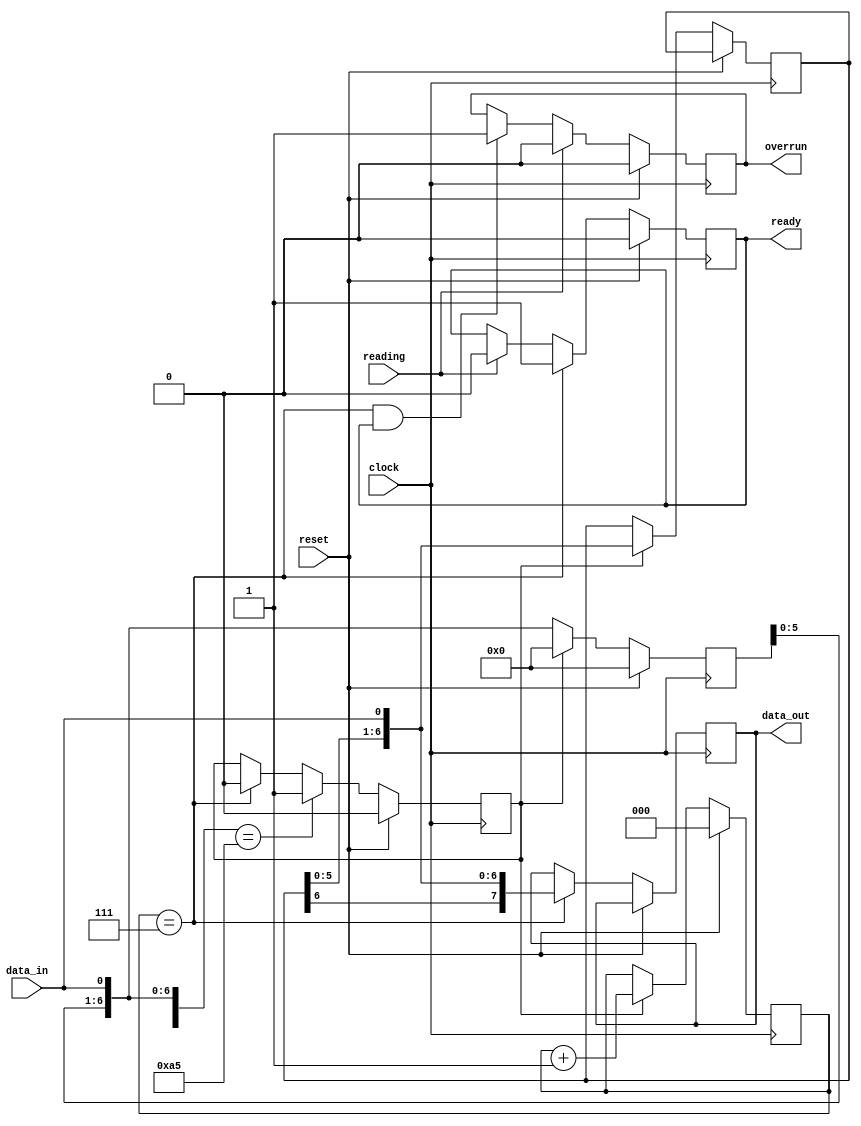
`timescale 1 ns / 10 ps

module rcvr
#(
  parameter [7:0] MATCH = 8'hA5
 )
 (
  input  wire      clock   ,
  input  wire      reset   ,
  input  wire      data_in ,
  input  wire      reading ,
  output reg       ready   ,
  output reg       overrun ,
  output reg [7:0] data_out
 );

  localparam SHIFT_HEAD = 0 ,
             SHIFT_BODY = 1 ;

  reg [6:0] head_reg ;
  reg [6:0] body_reg ;
  reg [2:0] count ;
  reg phase ;

  always @(posedge clock)

    if (reset) begin

        // INITIALIZE PHASE TO SHIFTING HEADER
        // INITIALIZE HEADER TO OPPOSITE OF LEFTMOST MATCH BIT
        // INITIALIZE CONTROL REGISTERS TO INACTIVE STATE (IGNORE DATA PATH)
        phase    <= SHIFT_HEAD ;
        head_reg <= 0 ;
        count    <= 0 ;
        ready    <= 0 ;
        overrun  <= 0 ;

      end

    else begin

        // IF PHASE IS SHIFT_BODY THEN CLEAR HEAD REGISTER, ELSE
        // IF PHASE IS SHIFT_HEAD THEN SHIFT INPUT DATA LEFT INTO HEAD REGISTER
        if (phase == SHIFT_BODY)
          head_reg <= 0 ;
        else if (phase == SHIFT_HEAD)
          head_reg <= { head_reg, data_in } ;

        // IF CONCATENATION OF HEAD REG AND INPUT DATA IS MATCH CHARACTER THEN
        // SET PHASE TO SHIFT_BODY, ELSE
        // IF COUNT IS 7 THEN SET PHASE BACK TO SHIFT_HEAD
        if ({head_reg, data_in} == MATCH)
          phase <= SHIFT_BODY ;
        else if (count == 7)
          phase <= SHIFT_HEAD ;

        // IF PHASE IS SHIFT_BODY THEN INCREMENT COUNT
        if (phase == SHIFT_BODY) count <= count + 1 ;

        // IF PHASE IS SHIFT_BODY THEN SHIFT INPUT DATA LEFT INTO BODY REGISTER
        if (phase == SHIFT_BODY) body_reg <= { body_reg, data_in } ;

        // IF COUNT IS 7 THEN COPY CONCATENATION OF BODY REGISTER AND INPUT DATA
        // TO OUTPUT DATA
        if (count == 7) data_out <= { body_reg, data_in } ;

        // IF COUNT IS 7 THEN SET READY ELSE IF READING THEN CLEAR READY
        if (count == 7) ready <= 1; else if (reading) ready <= 0;

        // IF READING THEN CLEAR OVERRUN, ELSE
        // IF COUNT IS 7 AND STILL READY THEN SET OVERRUN
        if (reading) overrun <= 0; else if (count==7 && ready) overrun <= 1;

      end

endmodule